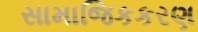
સામાજિકકરણ